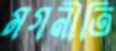
মগনীতি